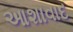
આશાવાદ